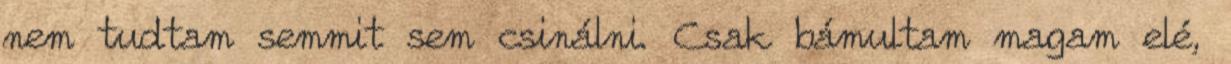
nem tudtam semmit sem csinálni. Csak bámultam magam elé,